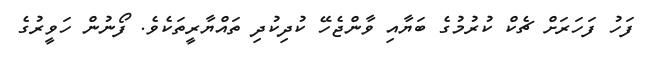
ފަހު ފަހަރަށް ޗެކް ކުރުމުގެ ބަޔާއި ވާންޖެހޭ ކުދިކުދި ތައްޔާރީތަކެވެ. ފޯނުން ހަވީރުގެ